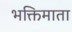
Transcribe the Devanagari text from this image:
भक्तिमाता